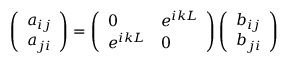
\left( \begin{array} { l } { a _ { i j } } \\ { a _ { j i } } \end{array} \right) = \left( \begin{array} { l l } { 0 } & { e ^ { i k L } } \\ { e ^ { i k L } } & { 0 } \end{array} \right) \left( \begin{array} { l } { b _ { i j } } \\ { b _ { j i } } \end{array} \right)